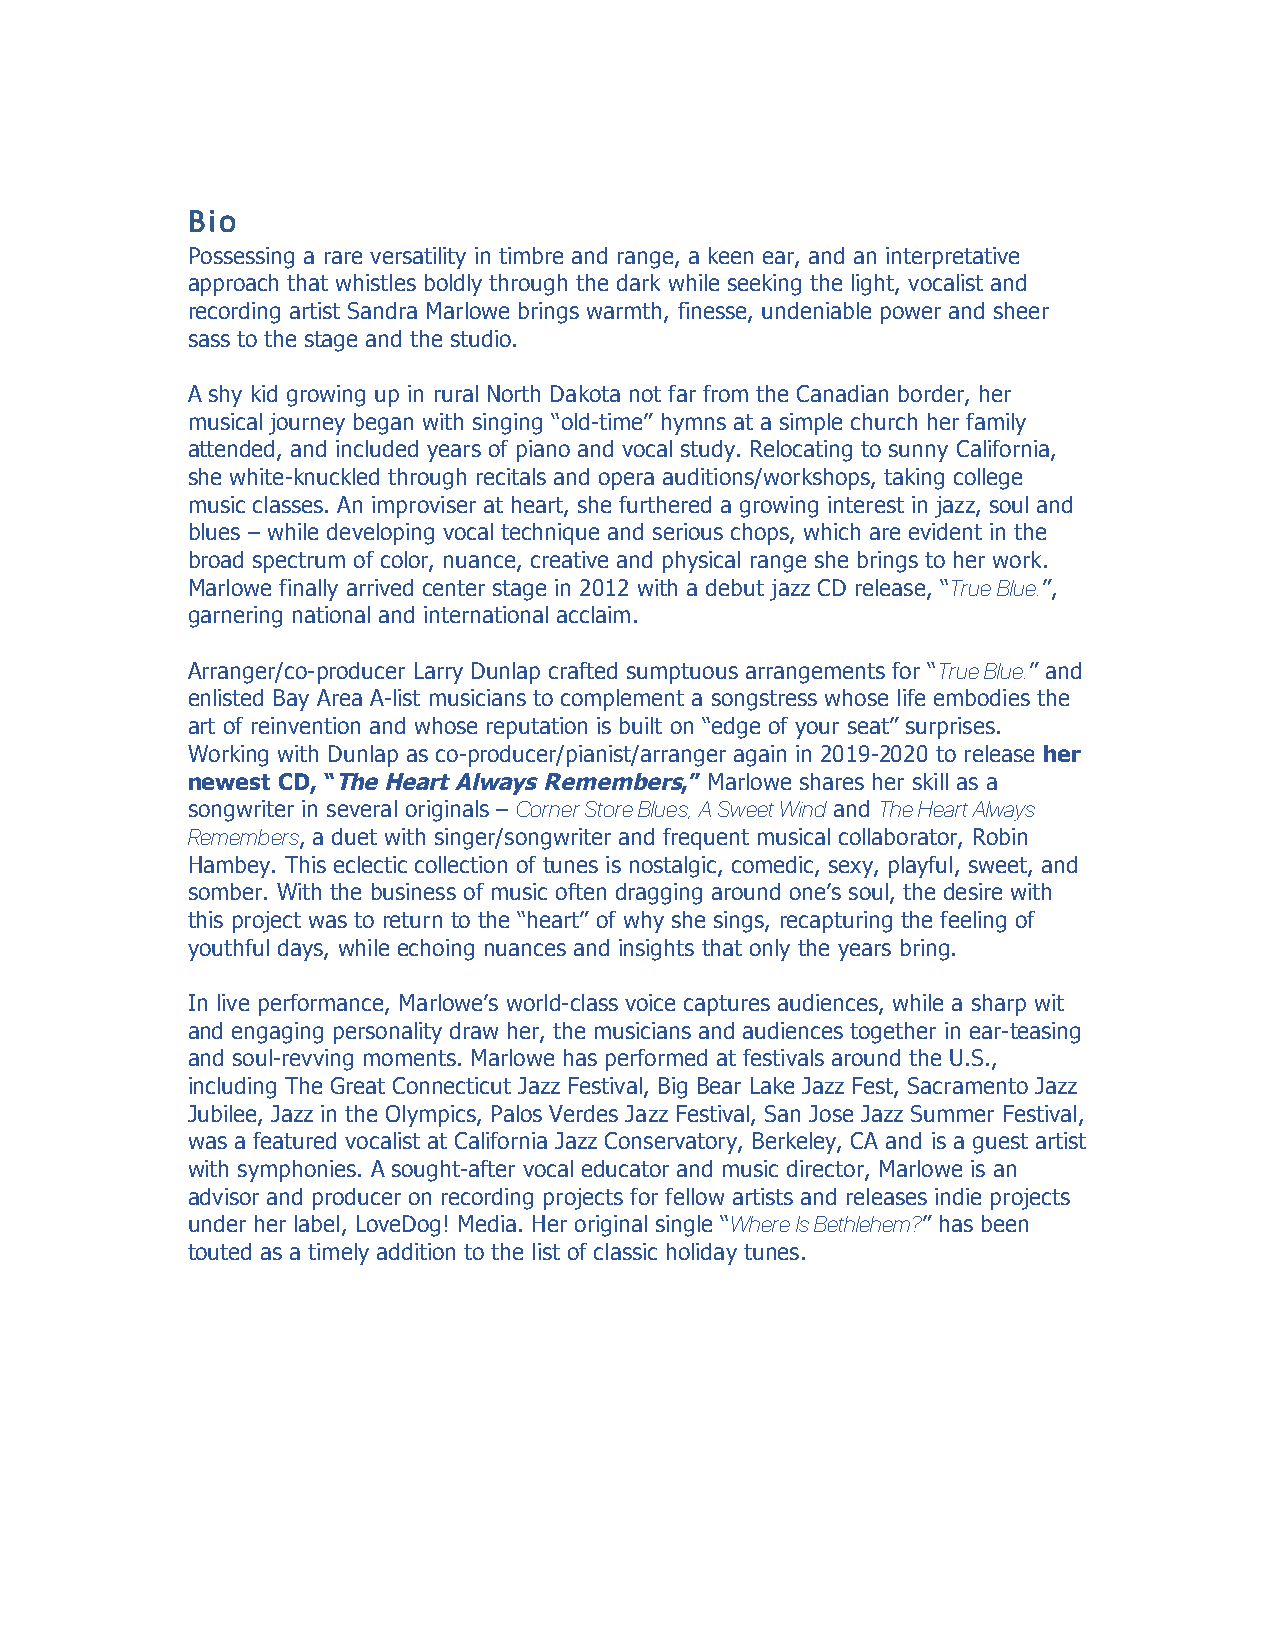
Bio
 Possessing a rare versatility in timbre and range, a keen ear, and an interpretative
 approach that whistles boldly through the dark while seeking the light, vocalist and
 recording artist Sandra Marlowe brings warmth, finesse, undeniable power and sheer
 sass to the stage and the studio.
 A shy kid growing up in rural North Dakota not far from the Canadian border, her
 musical journey began with singing “old-time” hymns at a simple church her family
 attended, and included years of piano and vocal study. Relocating to sunny California,
 she white-knuckled through recitals and opera auditions/workshops, taking college
 music classes. An improviser at heart, she furthered a growing interest in jazz, soul and
 blues – while developing vocal technique and serious chops, which are evident in the
 broad spectrum of color, nuance, creative and physical range she brings to her work.
 Marlowe finally arrived center stage in 2012 with a debut jazz CD release, “True Blue.”,
 garnering national and international acclaim.
 Arranger/co-producer Larry Dunlap crafted sumptuous arrangements for “True Blue.” and
 enlisted Bay Area A-list musicians to complement a songstress whose life embodies the
 art of reinvention and whose reputation is built on “edge of your seat” surprises.
 Working with Dunlap as co-producer/pianist/arranger again in 2019-2020 to release her
 newest CD, “The Heart Always Remembers,” Marlowe shares her skill as a
 songwriter in several originals – Corner Store Blues, A Sweet Wind and The Heart Always
 Remembers, a duet with singer/songwriter and frequent musical collaborator, Robin
 Hambey. This eclectic collection of tunes is nostalgic, comedic, sexy, playful, sweet, and
 somber. With the business of music often dragging around one’s soul, the desire with
 this project was to return to the “heart” of why she sings, recapturing the feeling of
 youthful days, while echoing nuances and insights that only the years bring.
 In live performance, Marlowe’s world-class voice captures audiences, while a sharp wit
 and engaging personality draw her, the musicians and audiences together in ear-teasing
 and soul-revving moments. Marlowe has performed at festivals around the U.S.,
 including The Great Connecticut Jazz Festival, Big Bear Lake Jazz Fest, Sacramento Jazz
 Jubilee, Jazz in the Olympics, Palos Verdes Jazz Festival, San Jose Jazz Summer Festival,
 was a featured vocalist at California Jazz Conservatory, Berkeley, CA and is a guest artist
 with symphonies. A sought-after vocal educator and music director, Marlowe is an
 advisor and producer on recording projects for fellow artists and releases indie projects
 under her label, LoveDog! Media. Her original single “Where Is Bethlehem?” has been
 touted as a timely addition to the list of classic holiday tunes.